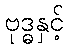
ဗုဒ္ဓနှင့်